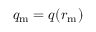
q _ { \mathrm { m } } = q ( r _ { \mathrm { m } } )